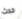
حدث